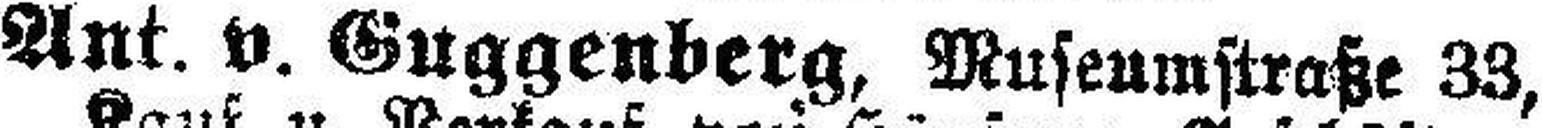
Ant v. Guggenberg, Museumstraße 33,